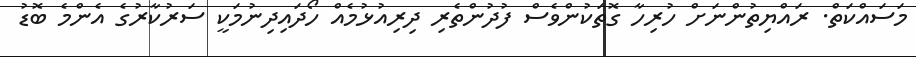
މަސައްކަތް. ރައްޔިތުންނަށް ހުރިހާ ގޮތަކުންވެސް ފުދުންތެރި ދިރިއުޅުމެއް ހޯދައިދިނުމަކީ ސަރުކާރުގެ އެންމެ ބޮޑު